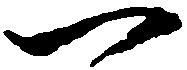
一